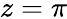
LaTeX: z=\pi